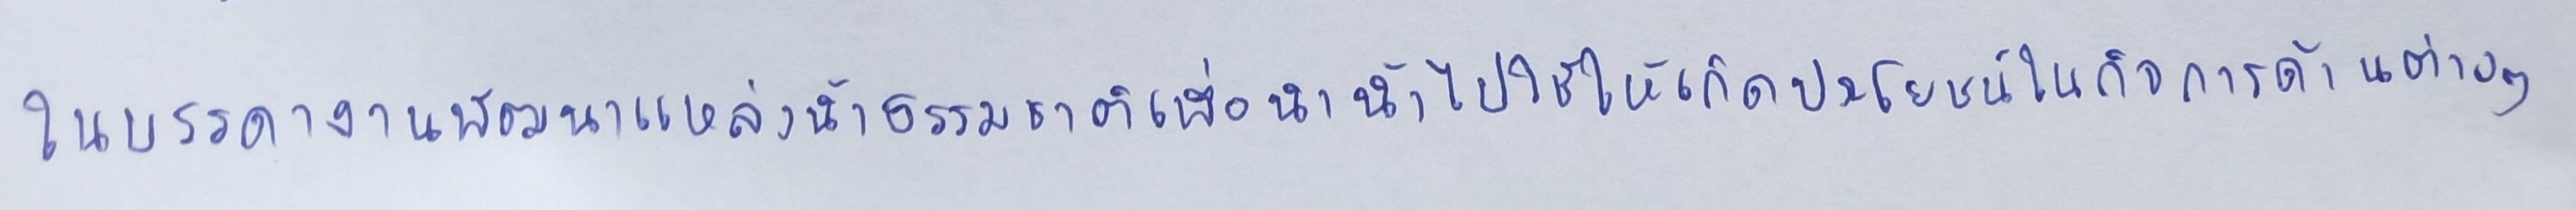
ในบรรดางานพัฒนาแหล่งน้ำธรรมชาติเพื่อนำน้ำไปใช้ให้เกิดประโยชน์ในกิจการด้านต่างๆ